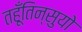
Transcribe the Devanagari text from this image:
तहूँतिन्सुयो